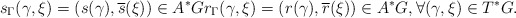
\begin{align*} s_\Gamma(\gamma,\xi)= (s(\gamma),\overline{s}(\xi))\in A^*G r_\Gamma(\gamma,\xi)= (r(\gamma),\overline{r}(\xi))\in A^*G,\forall (\gamma,\xi)\in T^*G.\end{align*}